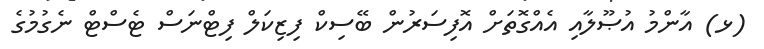
(ޅ) އާންމު އުޞޫލާއި އެއްގޮތަށް އޮފިސަރުން ބޭސިކް ފިޒިކަލް ފިޓްނަސް ޓެސްޓް ނެގުމުގެ